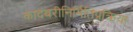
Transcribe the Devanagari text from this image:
कादंबरीनिर्मितिप्रक्रिया